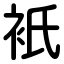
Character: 衹